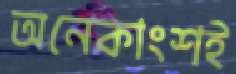
অনেকাংশই